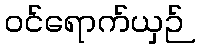
ဝင်ရောက်ယှဉ်